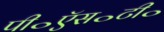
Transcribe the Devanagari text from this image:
पी॰ऍस॰टी॰